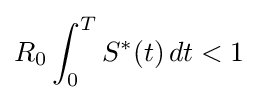
R_{0}\int _{0}^{T}S^{*}(t)\,dt<1